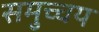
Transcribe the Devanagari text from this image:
समुच्‍चय